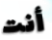
أنت